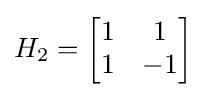
H_{2}={\begin{bmatrix}1&1\\1&-1\end{bmatrix}}